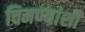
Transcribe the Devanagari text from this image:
चिमण्यांशी